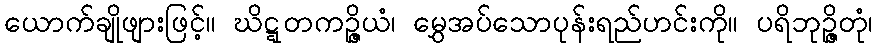
ယောက်ချိုဖျားဖြင့်။ ဃိဋ္ဋတကဉ္ဇိယံ၊ မွှေအပ်သောပုန်းရည်ဟင်းကို။ ပရိဘုဉ္ဇိတုံ၊